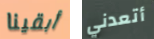
أبقينا أتعدني